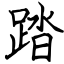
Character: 踏